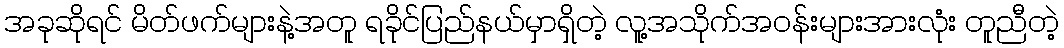
အခုဆိုရင် မိတ်ဖက်များနဲ့အတူ ရခိုင်ပြည်နယ်မှာရှိတဲ့ လူ့အသိုက်အဝန်းများအားလုံး တူညီတဲ့